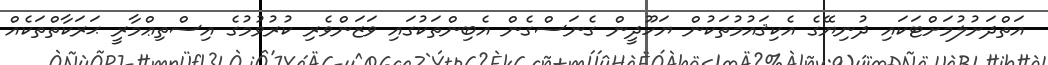
އަތްދަށުލުމަށްޓަކައި ދުނިޔޭގެ އެކިޤައުމުތަކުން ޔަހޫދީން ގެނަސްގެން އެބިންތަކުގައި ވަޒަންވެރި ކުރުވުމުގެ އިސްތިޢްމާރީ ޙަރަކާތްތަކެއް